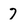
Character: 7